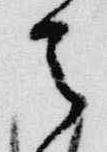
天